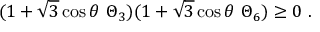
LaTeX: ( 1 + \sqrt { 3 } \cos \theta \ \Theta _ { 3 } ) ( 1 + \sqrt { 3 } \cos \theta \ \Theta _ { 6 } ) \geq 0 \ .